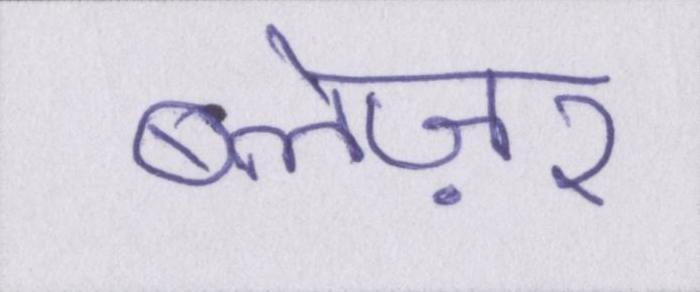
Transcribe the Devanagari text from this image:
ब्लेज़र